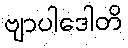
ဗျာပါဒေါတိ